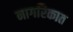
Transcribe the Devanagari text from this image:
नागरिकात